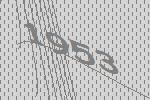
1953